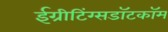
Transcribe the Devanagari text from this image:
ईग्रीटिंग्सडॉटकॉम